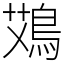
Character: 鴱